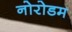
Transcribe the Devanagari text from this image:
नोरोडम